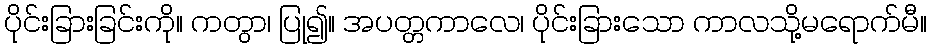
ပိုင်းခြားခြင်းကို။ ကတွာ၊ ပြု၍။ အပတ္တကာလေ၊ ပိုင်းခြားသော ကာလသို့မရောက်မီ။